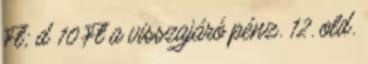
Ft; d 10 Ft a visszajáró pénz. 12. old.